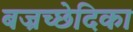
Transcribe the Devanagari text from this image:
बज्रच्छेदिका